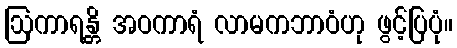
ဩကာရန္တိ အဝကာရံ လာမကဘာဝံဟု ဖွင့်ပြပုံ။